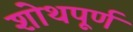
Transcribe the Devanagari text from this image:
शोथपूर्ण